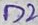
Text: D2